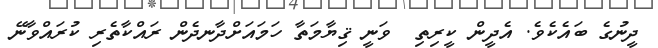
ދީނުގެ ބައެކެވެ. އެދީން ކީރިތި  ވަނީ ޤިޔާމަތާ ހަމައަށްދާނދެން ރައްކާތެރި ކުރައްވާނޭ